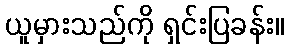
ယူမှားသည်ကို ရှင်းပြခန်း။